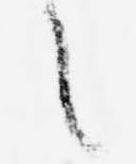
之